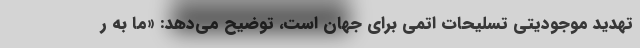
تهدید موجودیتی تسلیحات اتمی برای جهان است، توضیح می‌دهد: «ما به ر